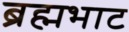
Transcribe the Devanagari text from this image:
ब्रह्मभाट